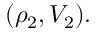
( \rho _ { 2 } , V _ { 2 } ) .